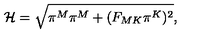
{ \cal H } = \sqrt { \pi ^ { M } \pi ^ { M } + ( F _ { M K } \pi ^ { K } ) ^ { 2 } } ,